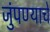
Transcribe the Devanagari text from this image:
जुंपण्याचे